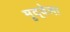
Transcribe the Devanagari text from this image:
मृद्‌वेणा